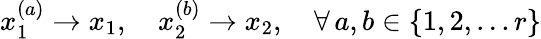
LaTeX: x_{1}^{(a)}\rightarrow x_{1},\quad x_{2}^{(b)}\rightarrow x_{2},\quad\forall\, a,b\in\{ 1,2,...r\}